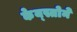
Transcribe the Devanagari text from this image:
केय्स्तोने